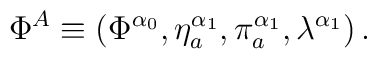
\Phi ^{A}\equiv \left( \Phi ^{\alpha _{0}},\eta _{a}^{\alpha _{1}},\pi_{a}^{\alpha _{1}},\lambda ^{\alpha _{1}}\right) .